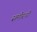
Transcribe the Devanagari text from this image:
समीरची